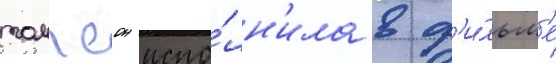
томпсон испо́лн'ила в ф'и́льм'е